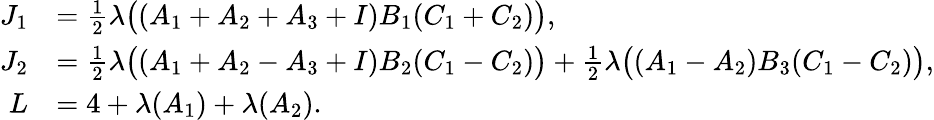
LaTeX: \begin{array}{rl}{J_{1}}&{=\frac 12\lambda\big((A_{1}+A_{2}+A_{3}+I)B_{1}(C_{1}+C_{2})\big),}\\ {J_{2}}&{=\frac 12\lambda\big((A_{1}+A_{2}-A_{3}+I)B_{2}(C_{1}-C_{2})\big)+\frac 12\lambda\big((A_{1}-A_{2})B_{3}(C_{1}-C_{2})\big),}\\ {L}&{=4+\lambda(A_{1})+\lambda(A_{2}).}\end{array}